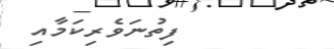
ފިތުނަވެރިކަމާއި